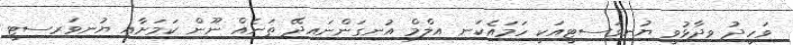
ވަހީދު ވިދާޅުވީ ޔުނިވަސިޓީއަކީ ހަމައެކަނި އިލްމް އުނގަންނައިދޭ ތަނެއް ނޫން ކަމަށާއި ޔުނިވަރސިޓީ